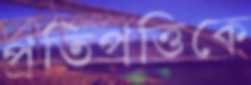
প্রতিপত্তিকে